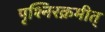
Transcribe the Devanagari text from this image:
पृश्निरक्रमीत्